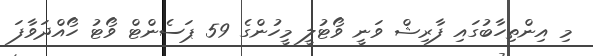
މި އިންތިހާބުގައި ފާރިޝް ވަނީ ވޯޓުލީ މީހުންގެ 59 ޕަސެންޓް ވޯޓު ހޯއްދަވާފަ